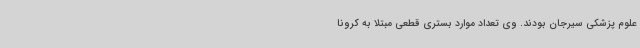
علوم پزشکی سیرجان بودند. وی تعداد موارد بستری قطعی مبتلا به کرونا